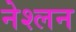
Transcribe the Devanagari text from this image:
नेश्लन